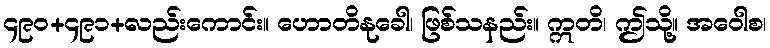
၄၉၀+၄၉၁+လည်းကောင်း။ ဟောတိနုခေါ၊ ဖြစ်သနည်း။ ဣတိ၊ ဤသို့။ အဝေါစ၊